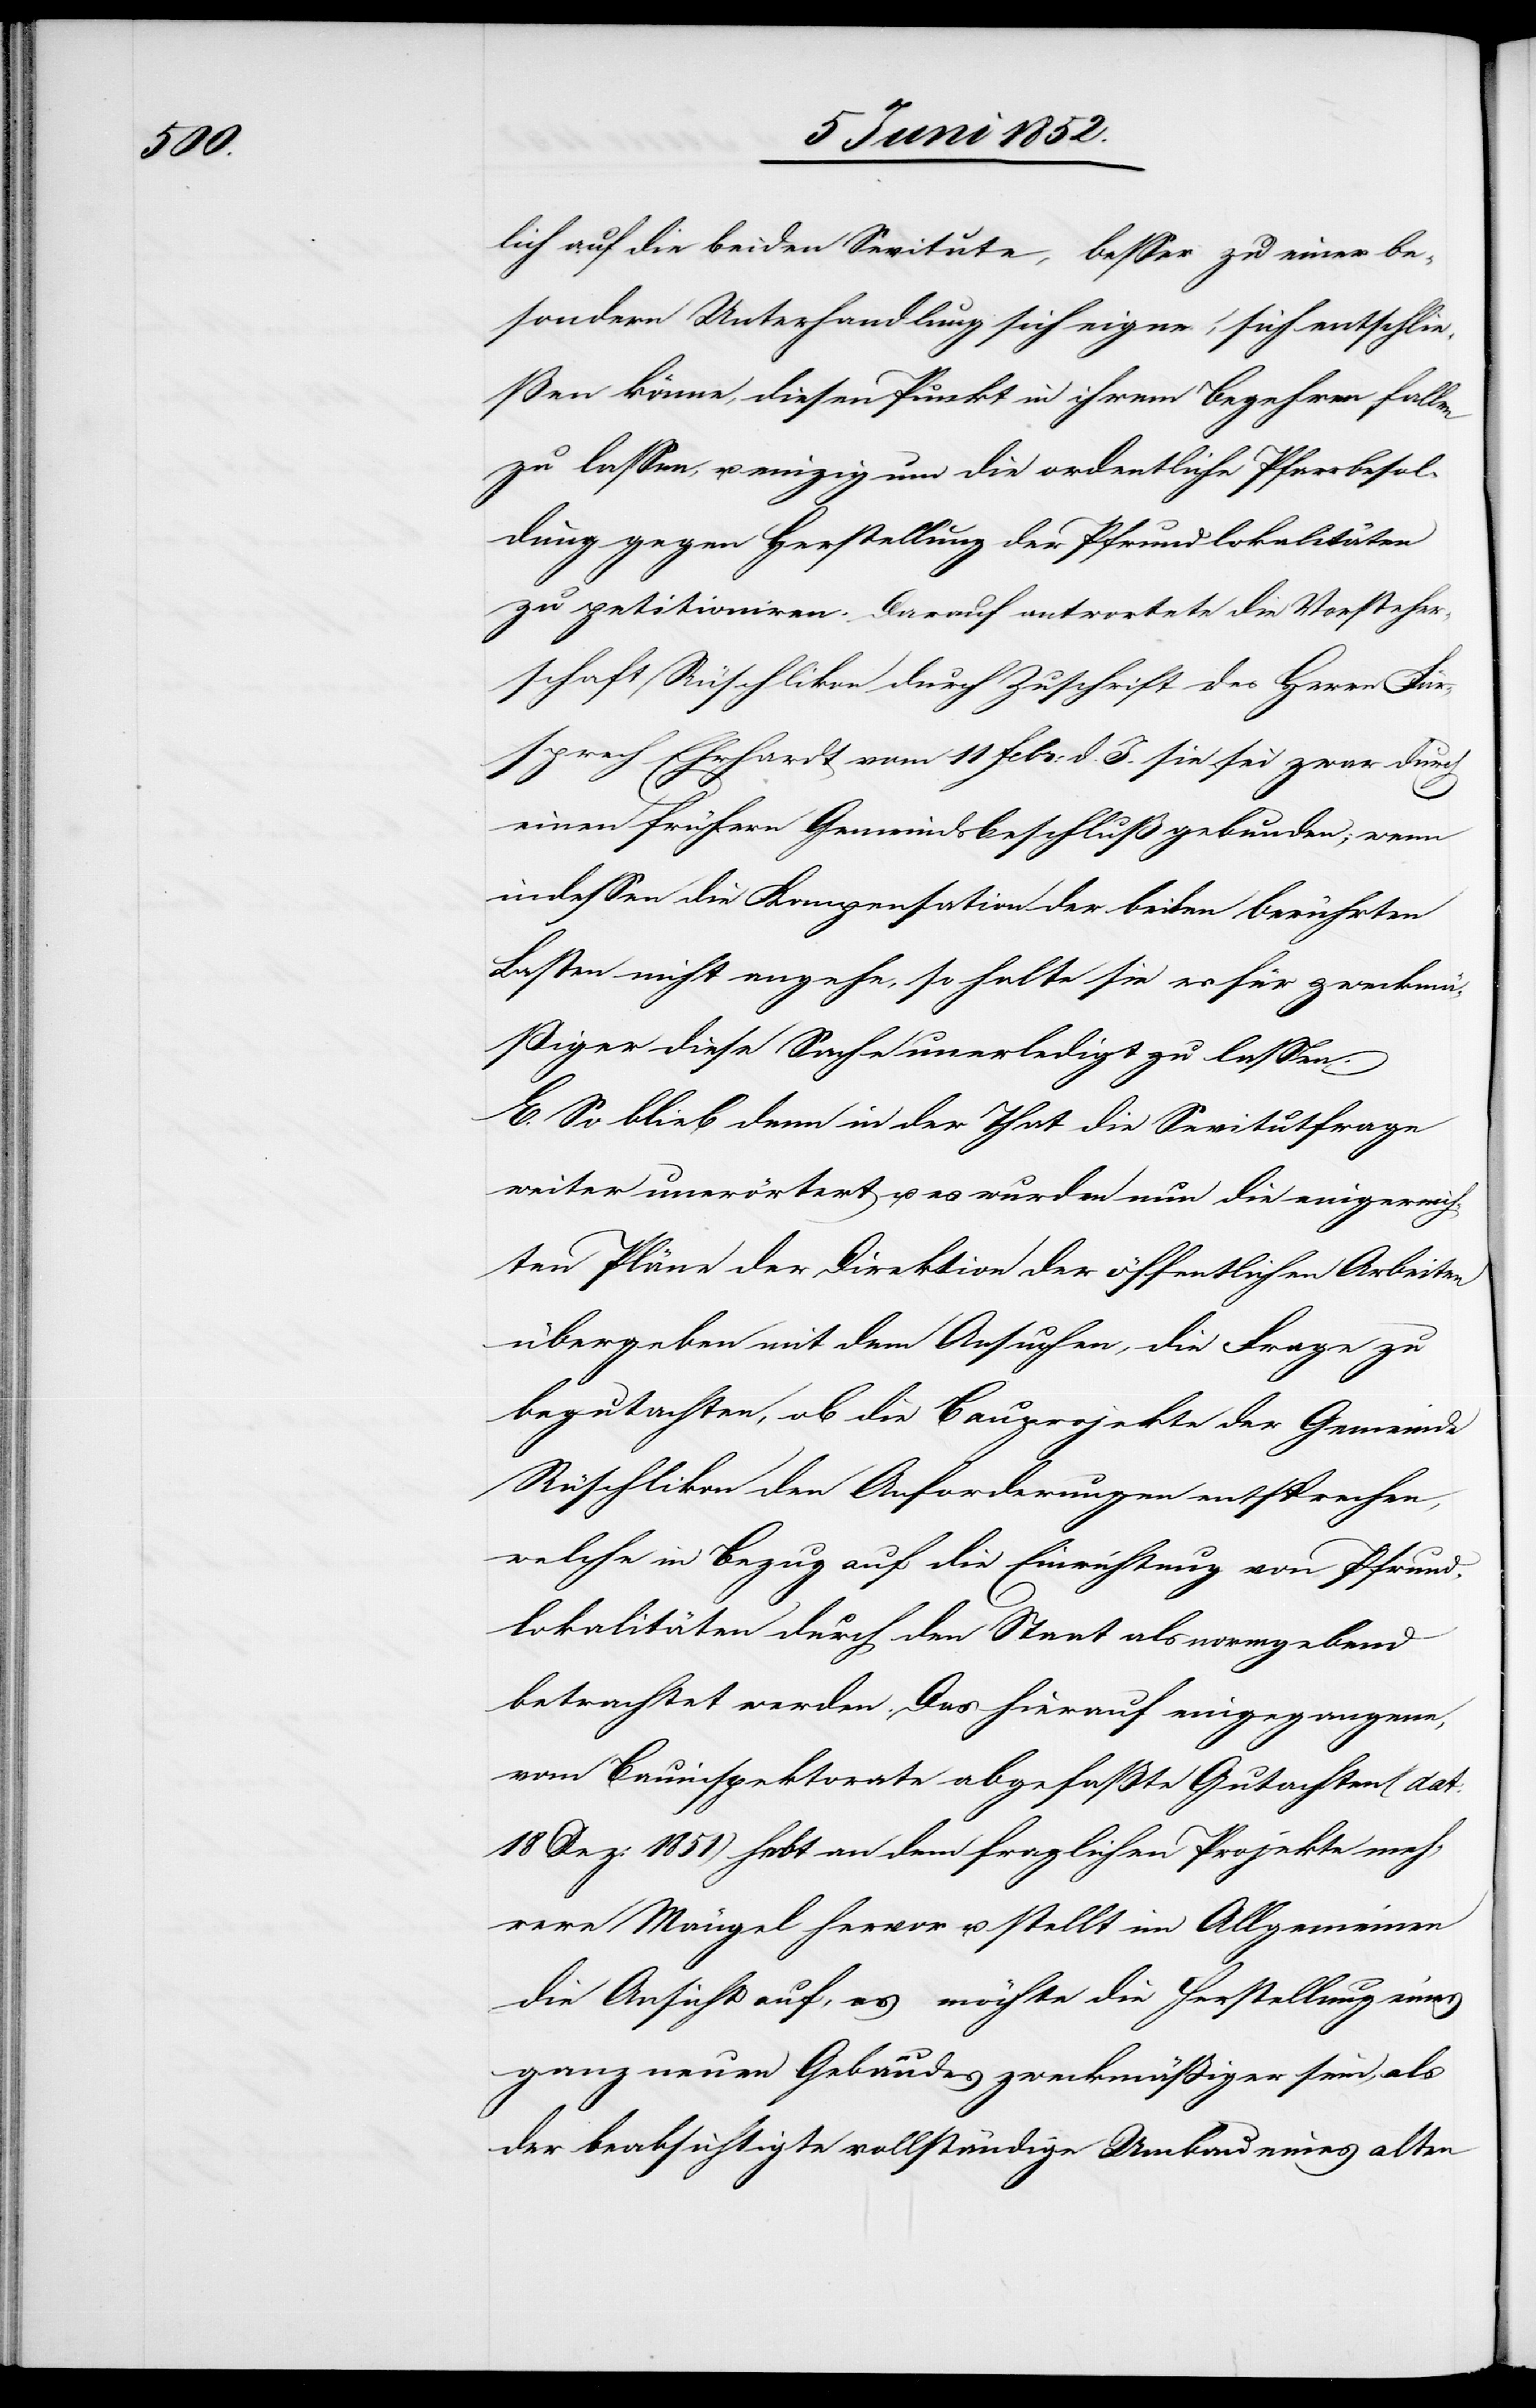
lich auf die beiden Se[r]vitute, besser zu einer be¬
sondern Unterhandlung sich eigne, sich entschlie¬
ßen könne, diesen Punkt in ihrem Begehren fallen
zu lassen, u. einzig um die ordentliche Pfarrbesol¬
dung gegen Herstellung der Pfrundlokalitäten
zu petitioniren. Darauf antwortete die Vorsteher¬
schaft Rüschlikon durch Zuschrift des Herrn Für¬
sprech Ehrhardt vom 11 Febr: d. J. sie sei zwar durch
einen frühern Gemeindsbeschluß gebunden; wenn
indessen die Kompensation der beiden berührten
Lasten nicht angehe, so halte sie es für zweckm¬
äßiger diese Sache unerledigt zu lassen.
E. So blieb denn in der That die Se[r]vitutfrage
weiter unerörtert u. es wurden nun die eingereich¬
ten Pläne der Direktion der öffentlichen Arbeiten
übergeben mit dem Ansuchen, die Frage zu
begutachten, ob die Bauprojekte der Gemeinde
Rüschlikon den Anforderungen entsprechen,
welche in Bezug auf die Einrichtung von Pfrund¬
lokalitäten durch den Staat als normgebend
betrachtet werden. Das hierauf eingegangene,
vom Bauinspektorate abgefasste Gutachten (dat:
18 Dez: 1851) hebt an dem fraglichen Projekte meh¬
rere Mängel hervor u. stellt im Allgemeinen
die Ansicht auf, es möchte die Herstellung eines
ganz neuen Gebäudes zweckmässiger sein, als
der beabsichtigte vollständige Umbau eines alten